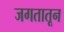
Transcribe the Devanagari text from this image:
जगतातून